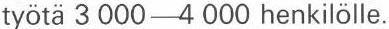
työtä 3 000-4 000 henkilölle.